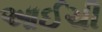
આઈચી